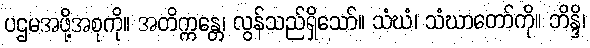
ပဌမအဖို့အစုကို။ အတိက္ကန္တေ၊ လွန်သည်ရှိသော်။ သံဃံ၊ သံဃာတော်ကို။ ဘိန္ဒိ၊